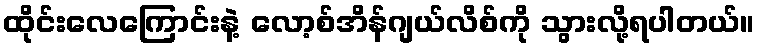
ထိုင်းလေကြောင်းနဲ့ လော့စ်အိန်ဂျယ်လိစ်ကို သွားလို့ရပါတယ်။